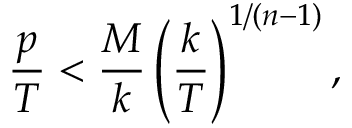
{ \frac { p } { T } } < { \frac { M } { k } } \left( { \frac { k } { T } } \right) ^ { 1 / ( n - 1 ) } ,